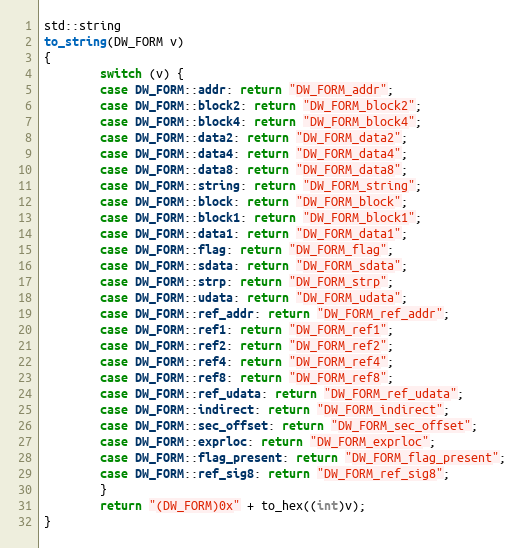
Language: C++
std::string
to_string(DW_FORM v)
{
        switch (v) {
        case DW_FORM::addr: return "DW_FORM_addr";
        case DW_FORM::block2: return "DW_FORM_block2";
        case DW_FORM::block4: return "DW_FORM_block4";
        case DW_FORM::data2: return "DW_FORM_data2";
        case DW_FORM::data4: return "DW_FORM_data4";
        case DW_FORM::data8: return "DW_FORM_data8";
        case DW_FORM::string: return "DW_FORM_string";
        case DW_FORM::block: return "DW_FORM_block";
        case DW_FORM::block1: return "DW_FORM_block1";
        case DW_FORM::data1: return "DW_FORM_data1";
        case DW_FORM::flag: return "DW_FORM_flag";
        case DW_FORM::sdata: return "DW_FORM_sdata";
        case DW_FORM::strp: return "DW_FORM_strp";
        case DW_FORM::udata: return "DW_FORM_udata";
        case DW_FORM::ref_addr: return "DW_FORM_ref_addr";
        case DW_FORM::ref1: return "DW_FORM_ref1";
        case DW_FORM::ref2: return "DW_FORM_ref2";
        case DW_FORM::ref4: return "DW_FORM_ref4";
        case DW_FORM::ref8: return "DW_FORM_ref8";
        case DW_FORM::ref_udata: return "DW_FORM_ref_udata";
        case DW_FORM::indirect: return "DW_FORM_indirect";
        case DW_FORM::sec_offset: return "DW_FORM_sec_offset";
        case DW_FORM::exprloc: return "DW_FORM_exprloc";
        case DW_FORM::flag_present: return "DW_FORM_flag_present";
        case DW_FORM::ref_sig8: return "DW_FORM_ref_sig8";
        }
        return "(DW_FORM)0x" + to_hex((int)v);
}